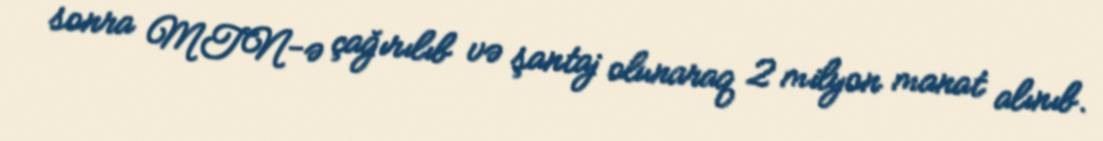
sonra MTN-ə çağırılıb və şantaj olunaraq 2 milyon manat alınıb.